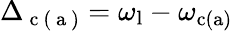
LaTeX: \Delta_{\mathrm{~c~}(\mathrm{~a~})}=\omega_{\mathrm{l}}-\omega_{\mathrm{c(a)}}